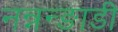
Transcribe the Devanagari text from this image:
नन्नन्ङाडी